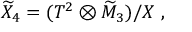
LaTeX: { \widetilde { \cal X } } _ { 4 } = ( T ^ { 2 } \otimes { \widetilde { \cal M } } _ { 3 } ) / X ~ ,